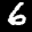
Label: 6